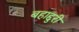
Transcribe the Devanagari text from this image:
बहाद्दुरी